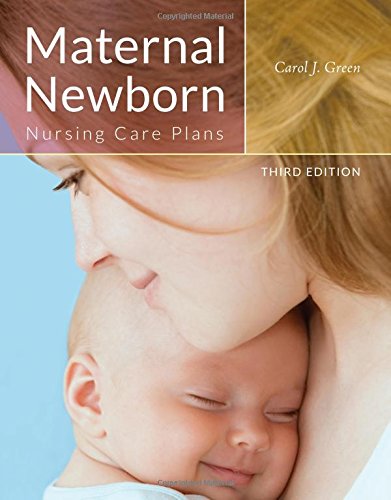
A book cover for Maternal Newborn Nursing Care Plans; Carol J. Green; Medical Books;